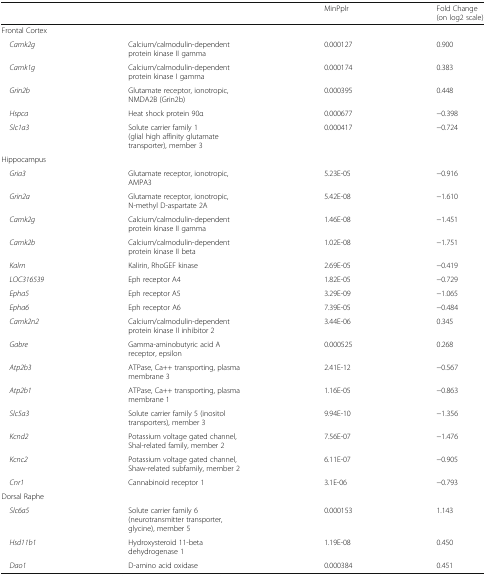
<table><thead><tr><td colspan="2"></td><td><b>MinPplr</b></td><td><b>Fold Change (on log2 scale)</b></td></tr></thead><tbody><tr><td colspan="4">Frontal Cortex</td></tr><tr><td> <i>Camk2g</i></td><td>Calcium/calmodulin-dependent protein kinase II gamma</td><td>0.000127</td><td>0.900</td></tr><tr><td> <i>Camk1g</i></td><td>Calcium/calmodulin-dependent protein kinase I gamma</td><td>0.000174</td><td>0.383</td></tr><tr><td> <i>Grin2b</i></td><td>Glutamate receptor, ionotropic, NMDA2B (Grin2b)</td><td>0.000395</td><td>0.448</td></tr><tr><td> <i>Hspca</i></td><td>Heat shock protein 90α</td><td>0.000677</td><td>−0.398</td></tr><tr><td> <i>Slc1a3</i></td><td>Solute carrier family 1 (glial high affinity glutamate transporter), member 3</td><td>0.000417</td><td>−0.724</td></tr><tr><td colspan="4">Hippocampus</td></tr><tr><td> <i>Gria3</i></td><td>Glutamate receptor, ionotropic, AMPA3</td><td>5.23E-05</td><td>−0.916</td></tr><tr><td> <i>Grin2a</i></td><td>Glutamate receptor, ionotropic, N-methyl D-aspartate 2A</td><td>5.42E-08</td><td>−1.610</td></tr><tr><td> <i>Camk2g</i></td><td>Calcium/calmodulin-dependent protein kinase II gamma</td><td>1.46E-08</td><td>−1.451</td></tr><tr><td> <i>Camk2b</i></td><td>Calcium/calmodulin-dependent protein kinase II beta</td><td>1.02E-08</td><td>−1.751</td></tr><tr><td> <i>Kalrn</i></td><td>Kalirin, RhoGEF kinase</td><td>2.69E-05</td><td>−0.419</td></tr><tr><td> <i>LOC316539</i></td><td>Eph receptor A4</td><td>1.82E-05</td><td>−0.729</td></tr><tr><td> <i>Epha5</i></td><td>Eph receptor A5</td><td>3.29E-09</td><td>−1.065</td></tr><tr><td> <i>Epha6</i></td><td>Eph receptor A6</td><td>7.39E-05</td><td>−0.484</td></tr><tr><td> <i>Camk2n2</i></td><td>Calcium/calmodulin-dependent protein kinase II inhibitor 2</td><td>3.44E-06</td><td>0.345</td></tr><tr><td> <i>Gabre</i></td><td>Gamma-aminobutyric acid A receptor, epsilon</td><td>0.000525</td><td>0.268</td></tr><tr><td> <i>Atp2b3</i></td><td>ATPase, Ca++ transporting, plasma membrane 3</td><td>2.41E-12</td><td>−0.567</td></tr><tr><td> <i>Atp2b1</i></td><td>ATPase, Ca++ transporting, plasma membrane 1</td><td>1.16E-05</td><td>−0.863</td></tr><tr><td> <i>Slc5a3</i></td><td>Solute carrier family 5 (inositol transporters), member 3</td><td>9.94E-10</td><td>−1.356</td></tr><tr><td> <i>Kcnd2</i></td><td>Potassium voltage gated channel, Shal-related family, member 2</td><td>7.56E-07</td><td>−1.476</td></tr><tr><td> <i>Kcnc2</i></td><td>Potassium voltage gated channel, Shaw-related subfamily, member 2</td><td>6.11E-07</td><td>−0.905</td></tr><tr><td> <i>Cnr1</i></td><td>Cannabinoid receptor 1</td><td>3.1E-06</td><td>−0.793</td></tr><tr><td colspan="4">Dorsal Raphe</td></tr><tr><td> <i>Slc6a5</i></td><td>Solute carrier family 6 (neurotransmitter transporter, glycine), member 5</td><td>0.000153</td><td>1.143</td></tr><tr><td> <i>Hsd11b1</i></td><td>Hydroxysteroid 11-beta dehydrogenase 1</td><td>1.19E-08</td><td>0.450</td></tr><tr><td> <i>Dao1</i></td><td>D-amino acid oxidase</td><td>0.000384</td><td>0.451</td></tr></tbody></table>